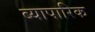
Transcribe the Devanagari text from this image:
ब्यापारिक